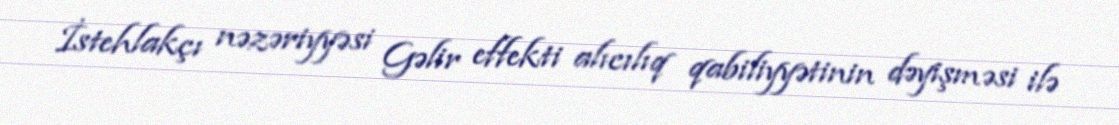
İstehlakçı nəzəriyyəsi Gəlir effekti alıcılıq qabiliyyətinin dəyişməsi ilə